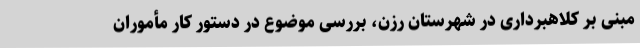
مبنی بر کلاهبرداری در شهرستان رزن، بررسی موضوع در دستور کار مأموران